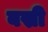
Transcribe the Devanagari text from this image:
बस्री